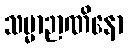
သမ္မာဉာဏိနော